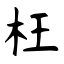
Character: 枉